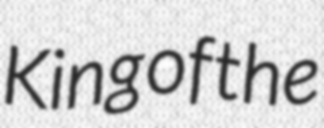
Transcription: King of the